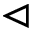
\vartriangleleft